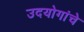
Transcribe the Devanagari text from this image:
उदयोगांचे